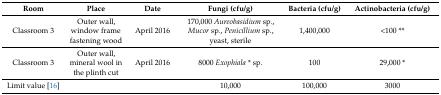
<table><thead><tr><td><b>Room</b></td><td><b>Place</b></td><td><b>Date</b></td><td><b>Fungi (cfu/g)</b></td><td><b>Bacteria (cfu/g)</b></td><td><b>Actinobacteria (cfu/g)</b></td></tr></thead><tbody><tr><td>Classroom 3</td><td>Outer wall, window frame fastening wood</td><td>April 2016</td><td>170,000 <i>Aureobasidium</i> sp., <i>Mucor</i> sp., <i>Penicillium</i> sp., yeast, sterile</td><td>1,400,000</td><td>&lt;100 **</td></tr><tr><td>Classroom 3</td><td>Outer wall, mineral wool in the plinth cut</td><td>April 2016</td><td>8000 <i>Exophiala</i> * sp.</td><td>100</td><td>29,000 *</td></tr><tr><td>Limit value [16]</td><td></td><td></td><td>10,000</td><td>100,000</td><td>3000</td></tr></tbody></table>